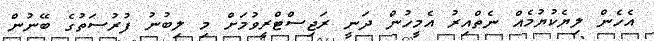
އެހެން ލިޔެކުޔުމެއް ނެތްއިރު އެމީހުން ދަނީ ރަޖިސްޓްރީވުމަށް މި ލިބުނު ފުރުސަތުގެ ބޭނުން